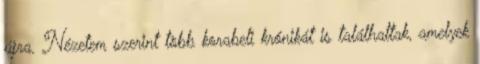
újra. Nézetem szerint több korabeli krónikát is találhattak, amelyek